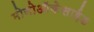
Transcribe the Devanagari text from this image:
मोनोऑकेसाईड